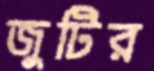
জুটির